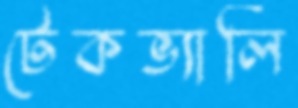
টেকভ্যালি